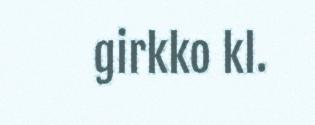
girkko kl.